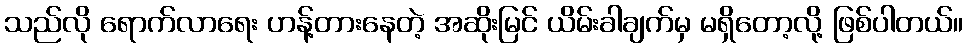
သည်လို ရောက်လာရေး ဟန့်တားနေတဲ့ အဆိုးမြင် ယိမ်းခါချက်မှ မရှိတော့လို့ ဖြစ်ပါတယ်။